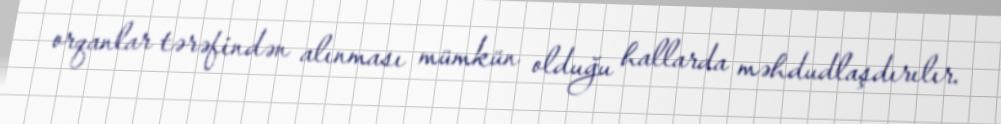
orqanlar tərəfindən alınması mümkün olduğu hallarda məhdudlaşdırılır.